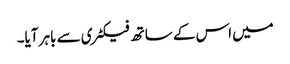
میں اس کے ساتھ فیکٹری سے باہر آیا۔